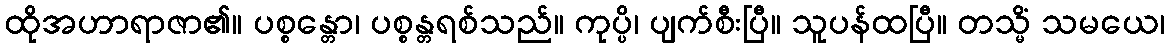
ထိုအဟာရာဇာ၏။ ပစ္စန္တော၊ ပစ္စန္တရစ်သည်။ ကုပ္ပိ၊ ပျက်စီးပြီ။ သူပန်ထပြီ။ တသ္မိံ သမယေ၊